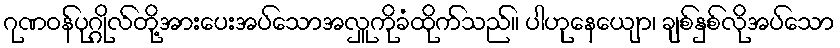
ဂုဏဝန်ပုဂ္ဂိုလ်တို့အားပေးအပ်သောအလှူကိုခံထိုက်သည်။ ပါဟုနေယျော၊ ချစ်နှစ်လိုအပ်သော